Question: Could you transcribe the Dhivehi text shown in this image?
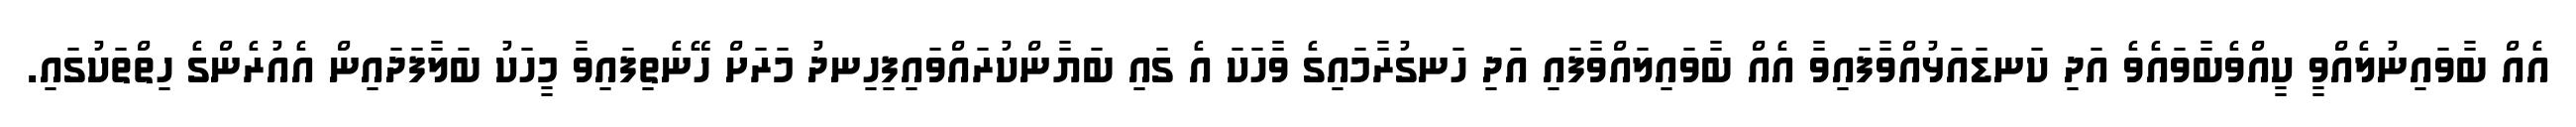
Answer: އެއް ބާވައިނުލެއްވީ ކީއްވެބާވައެވެ އަދި ކަނޑައަޅުއްވާފައިވާ އެއް ބާވައިލައްވާފައި އަދި ހަނގުރާމައިގެ ވާހަކަ އެ ގައި ބަޔާންކުރައްވައިފިހިނދު މަރަށް ހޭނެތިފައިވާ މީހަކު ބަލާފަދައިން އެއުރެންގެ ހިތްތަކުގައި.